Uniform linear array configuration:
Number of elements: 16
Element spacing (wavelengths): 0.25
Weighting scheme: uniform
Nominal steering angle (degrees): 60
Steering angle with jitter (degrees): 59.376
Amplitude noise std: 0.05
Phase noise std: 0.05

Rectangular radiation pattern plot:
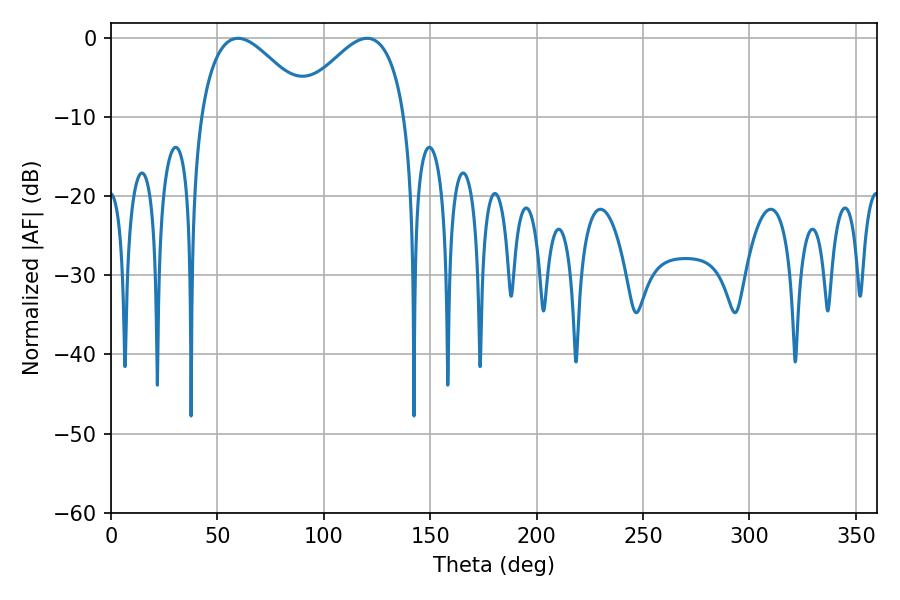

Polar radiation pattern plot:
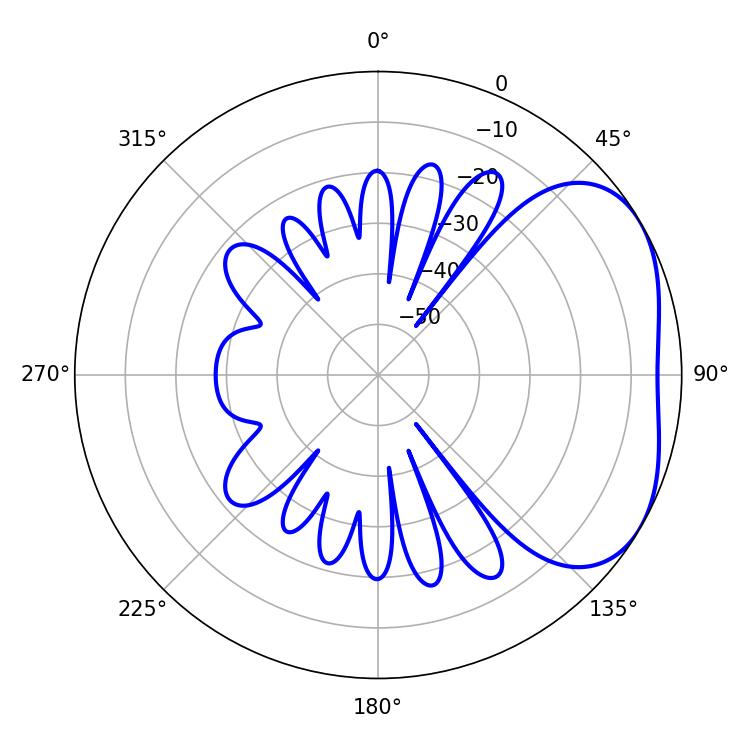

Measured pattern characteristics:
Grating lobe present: FALSE
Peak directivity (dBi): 3.406
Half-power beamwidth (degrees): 28.08
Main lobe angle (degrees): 59.58